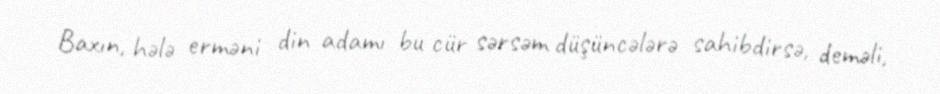
Baxın, hələ erməni din adamı bu cür sərsəm düşüncələrə sahibdirsə, deməli,